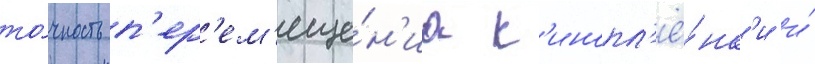
то́чность п'ер'ем'еще́н'иа к'инопл'ё́нк'и и́